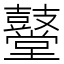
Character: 鼞